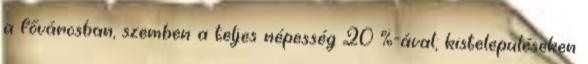
a fővárosban, szemben a teljes népesség 20 %-ával; kistelepüléseken